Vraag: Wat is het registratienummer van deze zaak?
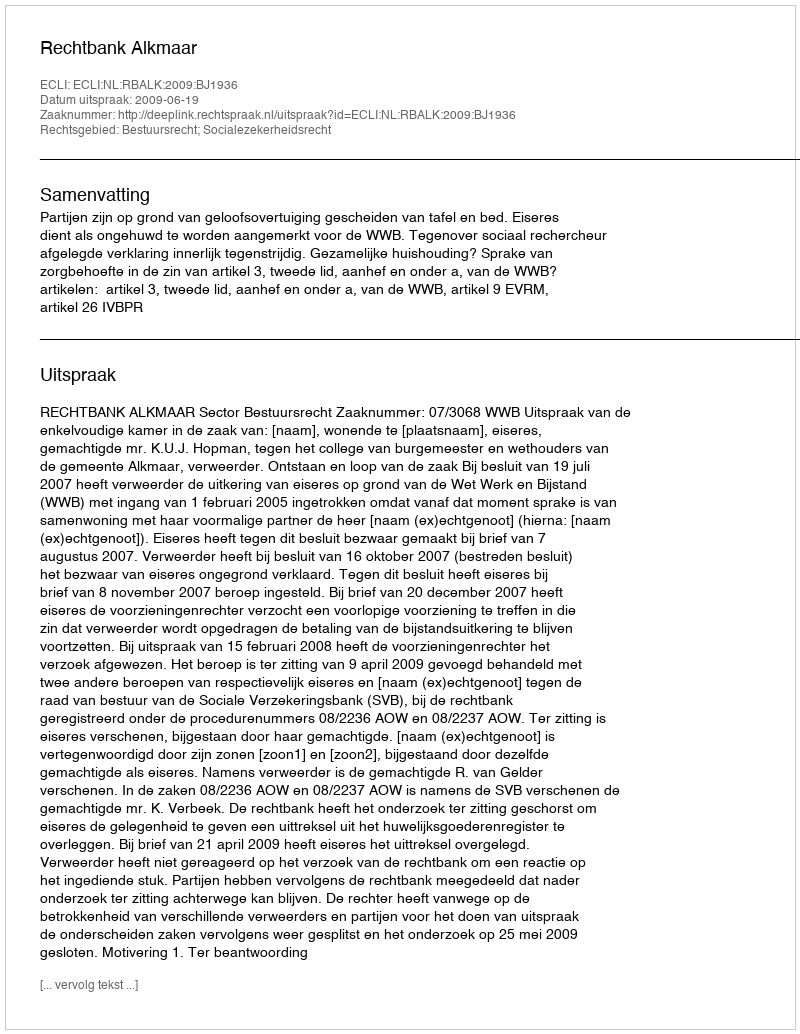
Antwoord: http://deeplink.rechtspraak.nl/uitspraak?id=ECLI:NL:RBALK:2009:BJ1936